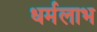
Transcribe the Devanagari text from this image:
धर्मलाभ